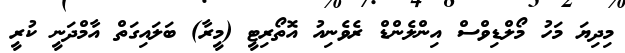
މިދިޔަ މަހު މޯލްޑިވްސް އިންލެންޑް ރެވެނިއު އޮތޯރިޓީ (މީރާ) ބަލައިގަތް އާމްދަނީ ކުރީ